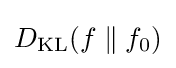
D_{\text{KL}}(f\parallel f_{0})